Indian journal of veterinary science and animal husbandry - Volume 5,
Year: 1935
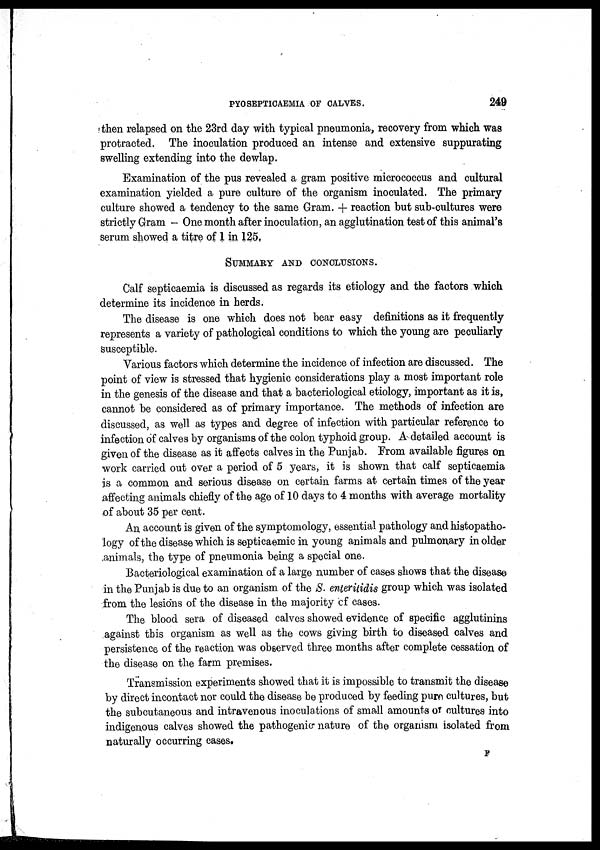
PYOSEPTICAEMIA OF CALVES.
249
then relapsed on the 23rd day with typical pneumonia, recovery from which was
protracted. The inoculation produced an intense and extensive suppurating
swelling extending into the dewlap.
Examination of the pus revealed a gram positive micrococcus and cultural
examination yielded a pure culture of the organism inoculated. The primary
culture showed a tendency to the same Gram. + reaction but sub-cultures were
strictly Gram - One month after inoculation, an agglutination test of this animal's
serum showed a titre of 1 in 125,
SUMMARY AND CONCLUSIONS.
Calf septicaemia is discussed as regards its etiology and the factors which
determine its incidence in herds.
The disease is one which does not bear easy definitions as it frequently
represents a variety of pathological conditions to which the young are peculiarly
susceptible.
Various factors which determine the incidence of infection are discussed. The
point of view is stressed that hygienic considerations play a most important role
in the genesis of the disease and that a bacteriological etiology, important as it is,
cannot be considered as of primary importance. The methods of infection are
discussed, as well as types and degree of infection with particular reference to
infection of calves by organisms of the colon typhoid group. A detailed account is
given of the disease as it affects calves in the Punjab. From available figures on
work carried out over a period of 5 years, it is shown that calf septicaemia
is a common and serious disease on certain farms at certain times of the year
affecting animals chiefly of the age of 10 days to 4 months with average mortality
of about 35 per cent.
An account is given of the symptomology, essential pathology and histopatho¬
logy of the disease which is septicaemic in young animals and pulmonary in older
animals, the type of pneumonia being a special one.
Bacteriological examination of a large number of cases shows that the disease
in the Punjab is due to an organism of the S. enteritidis group which was isolated
from the lesions of the disease in the majority of cases.
The blood sera of diseased calves showed evidence of specific agglutinins
against this organism as well as the cows giving birth to diseased calves and
persistence of the reaction was observed three months after complete cessation of
the disease on the farm premises.
Transmission experiments showed that it is impossible to transmit the disease
by direct incontact nor could the disease be produced by feeding pure cultures, but
the subcutaneous and intravenous inoculations of small amounts of cultures into
indigenous calves showed the pathogenic nature of the organism isolated from
naturally occurring cases.
F